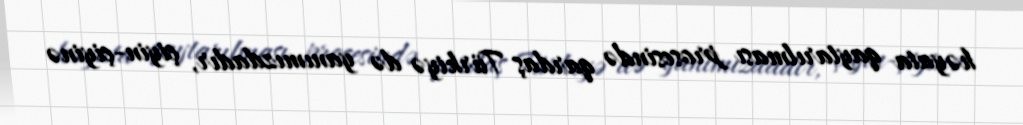
həyata qaytarılması prosesində qardaş Türkiyə də yanımızdadır, çiyin-çiyinə